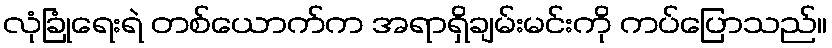
လုံခြုံရေးရဲ တစ်ယောက်က အရာရှိချမ်းမင်းကို ကပ်ပြောသည်။